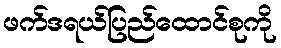
ဖက်ဒရယ်ပြည်ထောင်စုကို